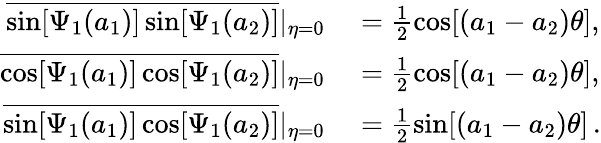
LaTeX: \begin{array}{rl}{\overline{{\sin[\Psi_{1}(a_{1})]\sin[\Psi_{1}(a_{2})]}}|_{\eta=0}}&{{}=\frac{1}{2}\cos[(a_{1}-a_{2})\theta],}\\ {\overline{{\cos[\Psi_{1}(a_{1})]\cos[\Psi_{1}(a_{2})]}}|_{\eta=0}}&{{}=\frac{1}{2}\cos[(a_{1}-a_{2})\theta],}\\ {\overline{{\sin[\Psi_{1}(a_{1})]\cos[\Psi_{1}(a_{2})]}}|_{\eta=0}}&{{}=\frac{1}{2}\sin[(a_{1}-a_{2})\theta]\, .}\end{array}